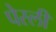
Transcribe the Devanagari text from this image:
पेस्ली